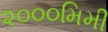
૨૦૦૦મિમી